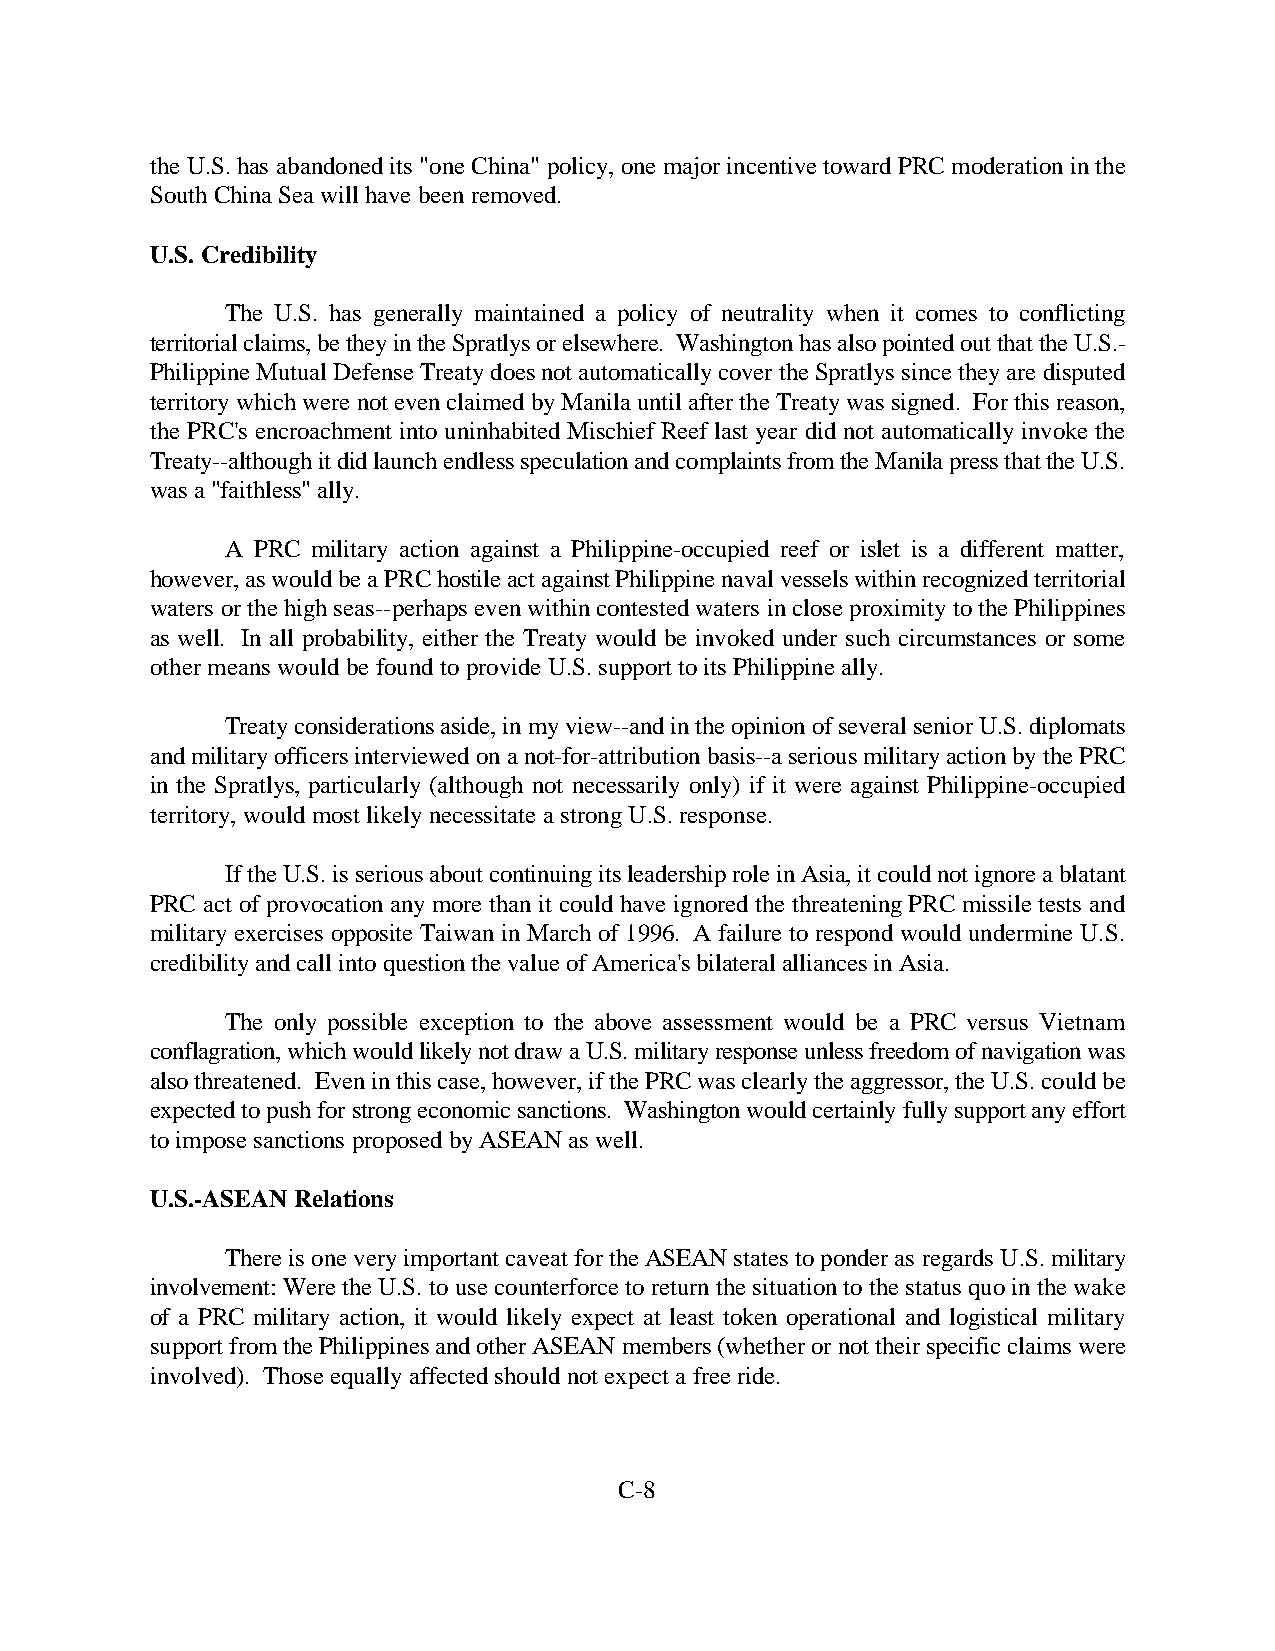
the U.S. has abandoned its "one China" policy, one major incentive toward PRC moderation in the
 South China Sea will have been removed.
 U.S. Credibility
 The U.S. has generally maintained a policy of neutrality when it comes to conflicting
 territorial claims, be they in the Spratlys or elsewhere. Washington has also pointed out that the U.S.-
 Philippine Mutual Defense Treaty does not automatically cover the Spratlys since they are disputed
 territory which were not even claimed by Manila until after the Treaty was signed. For this reason,
 the PRC's encroachment into uninhabited Mischief Reef last year did not automatically invoke the
 Treaty--although it did launch endless speculation and complaints from the Manila press that the U.S.
 was a "faithless" ally.
 A PRC military action against a Philippine-occupied reef or islet is a different matter,
 however, as would be a PRC hostile act against Philippine naval vessels within recognized territorial
 waters or the high seas--perhaps even within contested waters in close proximity to the Philippines
 as well. In all probability, either the Treaty would be invoked under such circumstances or some
 other means would be found to provide U.S. support to its Philippine ally.
 Treaty considerations aside, in my view--and in the opinion of several senior U.S. diplomats
 and military officers interviewed on a not-for-attribution basis--a serious military action by the PRC
 in the Spratlys, particularly (although not necessarily only) if it were against Philippine-occupied
 territory, would most likely necessitate a strong U.S. response.
 If the U.S. is serious about continuing its leadership role in Asia, it could not ignore a blatant
 PRC act of provocation any more than it could have ignored the threatening PRC missile tests and
 military exercises opposite Taiwan in March of 1996. A failure to respond would undermine U.S.
 credibility and call into question the value of America's bilateral alliances in Asia.
 The only possible exception to the above assessment would be a PRC versus Vietnam
 conflagration, which would likely not draw a U.S. military response unless freedom of navigation was
 also threatened. Even in this case, however, if the PRC was clearly the aggressor, the U.S. could be
 expected to push for strong economic sanctions. Washington would certainly fully support any effort
 to impose sanctions proposed by ASEAN as well.
 U.S.-ASEAN Relations
 There is one very important caveat for the ASEAN states to ponder as regards U.S. military
 involvement: Were the U.S. to use counterforce to return the situation to the status quo in the wake
 of a PRC military action, it would likely expect at least token operational and logistical military
 support from the Philippines and other ASEAN members (whether or not their specific claims were
 involved). Those equally affected should not expect a free ride.
 C-8